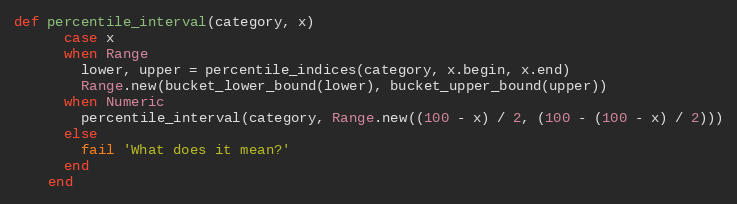
Language: Ruby
def percentile_interval(category, x)
      case x
      when Range
        lower, upper = percentile_indices(category, x.begin, x.end)
        Range.new(bucket_lower_bound(lower), bucket_upper_bound(upper))
      when Numeric
        percentile_interval(category, Range.new((100 - x) / 2, (100 - (100 - x) / 2)))
      else
        fail 'What does it mean?'
      end
    end